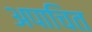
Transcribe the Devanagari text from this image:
अपाचित